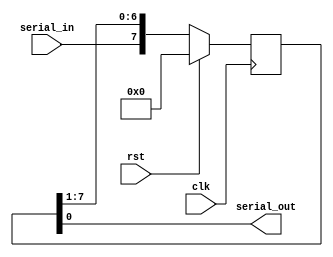
module free_shift_reg
	#(parameter N = 8)
	(
		input wire clk, rst,
		input wire serial_in,
		output wire serial_out
	);
	
	reg [N-1 : 0] r_reg; 
	wire [N-1 : 0] r_next;
	
	always @(posedge clk)
		r_reg <= r_next ;
	
	assign r_next = rst? 0:{serial_in,r_reg[N-1:1]} ;
	assign serial_out = r_reg[0] ;
endmodule